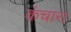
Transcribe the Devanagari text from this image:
कंचारा